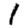
Digit: 1